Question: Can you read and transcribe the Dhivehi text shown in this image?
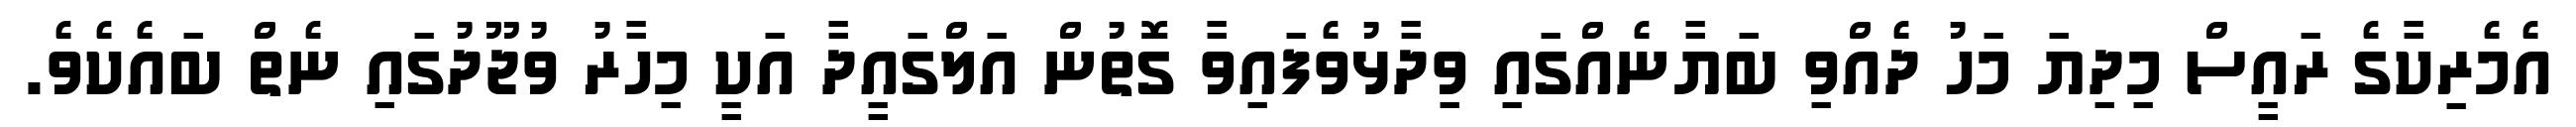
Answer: އެމެރިކާގެ ރައީސް މިދިޔަ މަހު ދެއްވި ބަޔާނެއްގައި ވިދާޅުވެފައިވާ ގޮތުން އަލްގައީދާ އަކީ މިހާރު ވުޖޫދުގައި ނެތް ބައެކެވެ.